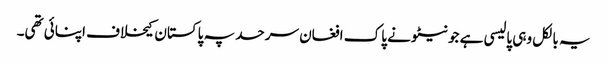
یہ بالکل وہی پالیسی ہے جو نیٹو نے پاک افغان سرحد پہ پاکستان کیخلاف اپنائی تھی۔